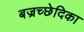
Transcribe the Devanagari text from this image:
बज्रच्छेदिका